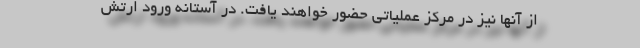
از آنها نیز در مرکز عملیاتی حضور خواهند یافت. در آستانه ورود ارتش